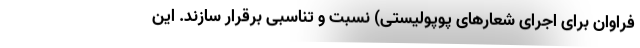
فراوان برای اجرای شعارهای پوپولیستی) نسبت و تناسبی برقرار سازند. این